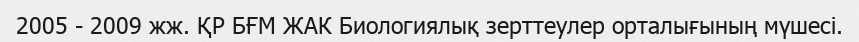
2005 - 2009 жж. ҚР БҒМ ЖАК Биологиялық зерттеулер орталығының мүшесі.